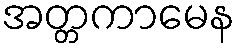
အတ္တကာမေန